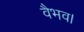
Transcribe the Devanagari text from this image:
वैभव।